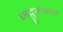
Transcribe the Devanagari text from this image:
सद्गुरुभ्यो